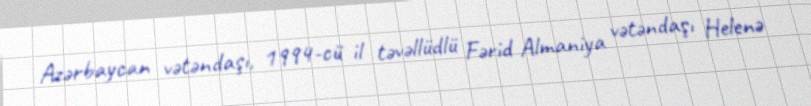
Azərbaycan vətəndaşı, 1994-cü il təvəllüdlü Fərid Almaniya vətəndaşı Helenə